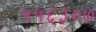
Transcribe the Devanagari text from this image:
५५६३०७